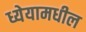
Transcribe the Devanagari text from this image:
ध्येयामधील